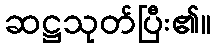
ဆဋ္ဌသုတ်ပြီး၏။